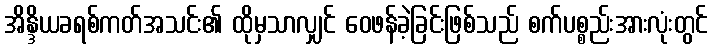
အိန္ဒိယခရစ်ကတ်အသင်း၏ ထိုမှသာလျှင် ဝေဖန်ခဲ့ခြင်းဖြစ်သည် စက်ပစ္စည်းအားလုံးတွင်